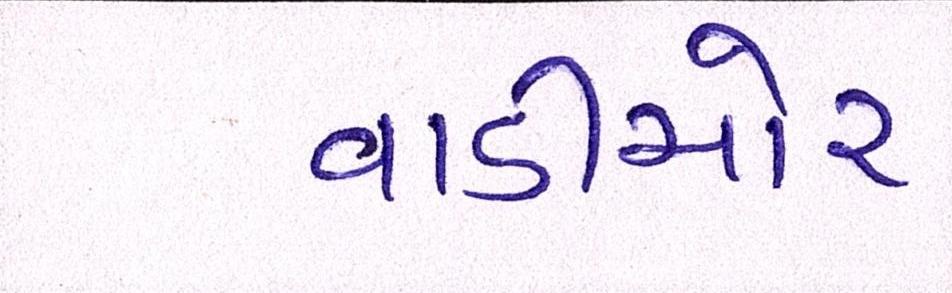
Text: વાડીચોર